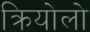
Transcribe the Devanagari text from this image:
क्रियोलो